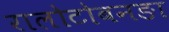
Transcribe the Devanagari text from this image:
रालोटोबनङा